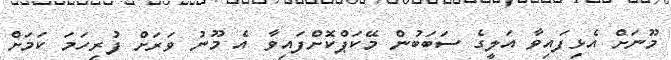
މޫނަށް އެޅިފައިވާ އަލީގެ ސަބަބުން މޭކަޕްކޮށްފައިވާ އެ މޫނު ވަރަށް ފުރިހަމަ ކަމަށް